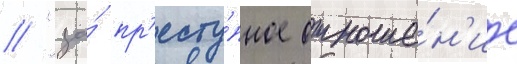
// "за́ пр'есту́пное отноше́н'ие